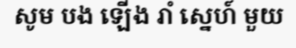
សូម បង ឡើង រាំ ស្នេហ៍ មួយ